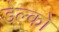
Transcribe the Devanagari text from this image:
डेल्को